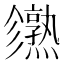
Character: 𤒙